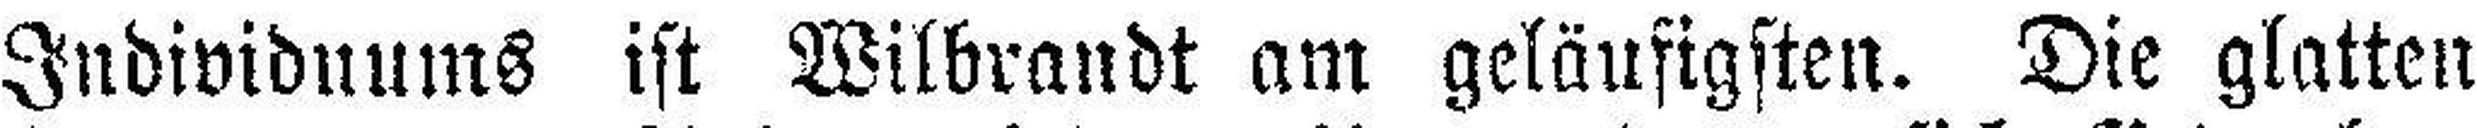
Individuums ist Wilbrandt am geläufigsten. Die glatten